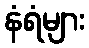
နံရံများ